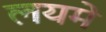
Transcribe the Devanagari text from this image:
लयमे